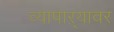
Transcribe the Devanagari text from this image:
व्यापाऱ्यावर